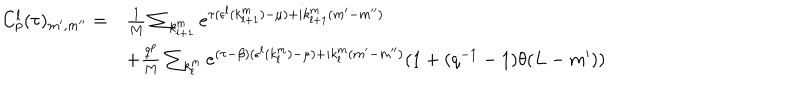
LaTeX: \begin{array} { l l } { { C _ { p } ^ { l } ( \tau ) _ { m ^ { \prime } , m ^ { \prime \prime } } = } } & { { \frac { 1 } { M } \sum _ { k _ { l + 1 } ^ { m } } e ^ { \tau ( \epsilon ^ { l } ( k _ { l + 1 } ^ { m } ) - \mu ) + i k _ { l + 1 } ^ { m } ( m ^ { \prime } - m ^ { \prime \prime } ) } } } \\ { { } } & { { + \frac { q ^ { p } } { M } \sum _ { k _ { l } ^ { m } } e ^ { ( \tau - \beta ) ( \epsilon ^ { l } ( k _ { l } ^ { m } ) - \mu ) + i k _ { l } ^ { m } ( m ^ { \prime } - m ^ { \prime \prime } ) } ( 1 + ( q ^ { - 1 } - 1 ) \theta ( L - m ^ { \prime } ) ) } } \\ \end{array}